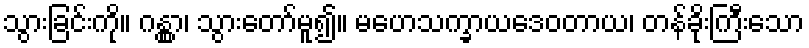
သွားခြင်းကို။ ဂန္တွာ၊ သွားတော်မူ၍။ မဟေသက္ခာယဒေဝတာယ၊ တန်ခိုးကြီးသော